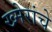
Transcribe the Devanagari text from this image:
ख्मेरांचे